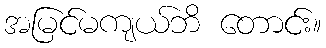
အမြင်မကျယ်ဘိ တောင်း။